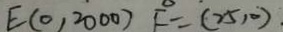
E ( 0 , 2 0 0 0 ) F = ( 2 5 , 0 )